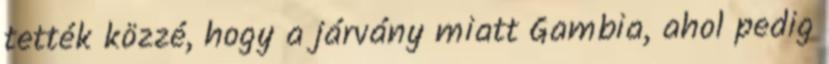
tették közzé, hogy a járvány miatt Gambia, ahol pedig